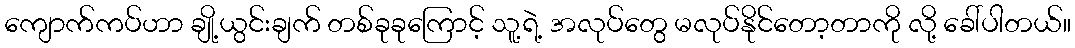
ကျောက်ကပ်ဟာ ချို့ယွင်းချက် တစ်ခုခုကြောင့် သူ့ရဲ့ အလုပ်တွေ မလုပ်နိုင်တော့တာကို လို့ ခေါ်ပါတယ်။